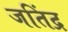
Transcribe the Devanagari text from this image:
जतिंद्र